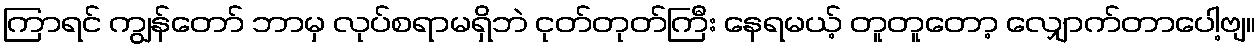
ကြာရင် ကျွန်တော် ဘာမှ လုပ်စရာမရှိဘဲ ငုတ်တုတ်ကြီး နေရမယ့် တူတူတော့ လျှောက်တာပေါ့ဗျ။